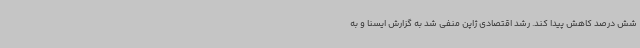
شش درصد کاهش پیدا کند. رشد اقتصادی ژاپن منفی شد به گزارش ایسنا و به